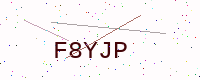
Text: F8YJP